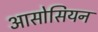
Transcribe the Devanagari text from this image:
आसोसियन